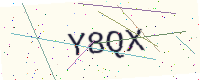
Text: Y8QX